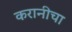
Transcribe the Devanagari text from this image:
करानीचा